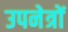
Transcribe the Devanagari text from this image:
उपनेत्रों